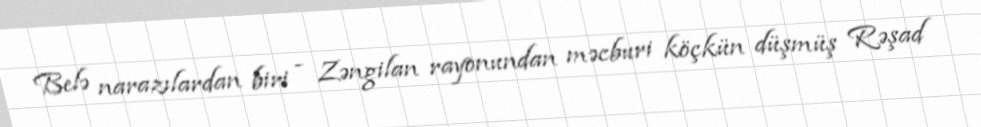
Belə narazılardan biri - Zəngilan rayonundan məcburi köçkün düşmüş Rəşad